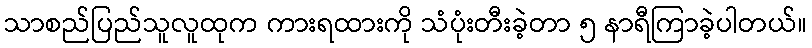
သာစည်ပြည်သူလူထုက ကားရထားကို သံပုံးတီးခဲ့တာ ၅ နာရီကြာခဲ့ပါတယ်။